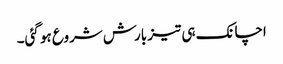
اچانک ہی تیز بارش شروع ہو گئی۔